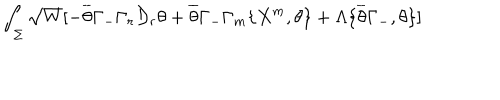
\int _ { \Sigma } \sqrt { W } [ - \overline { { { \theta } } } \Gamma _ { - } \Gamma _ { r } \mathcal { D } _ { r } \theta + \overline { { { \theta } } } \Gamma _ { - } \Gamma _ { m } \{ X ^ { m } , \theta \} + \Lambda \{ \overline { { { \theta } } } \Gamma _ { - } , \theta \} ]